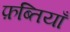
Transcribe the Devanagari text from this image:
फ़ब्तियाँ